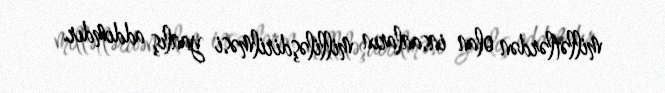
millətlərdən olan insanların milliləşdirilməsi yanlış addımdır.